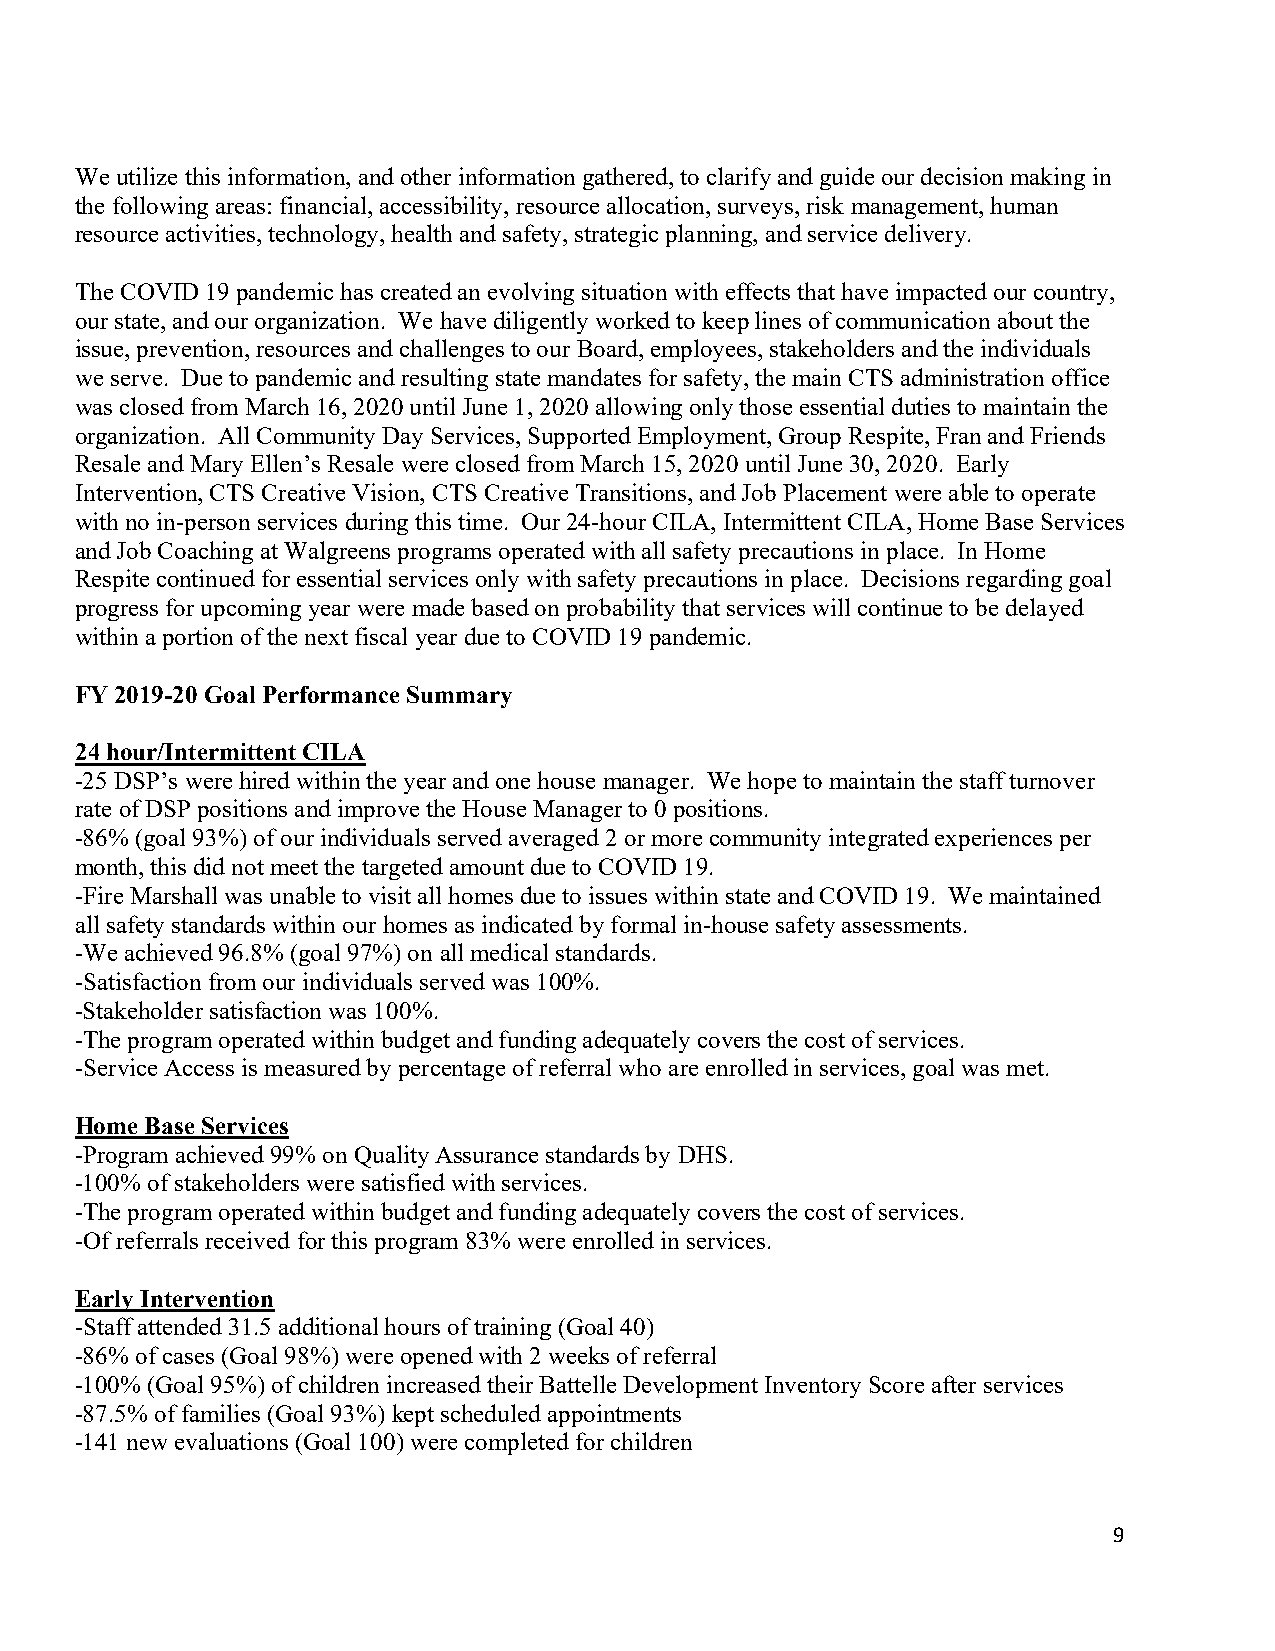
We utilize this information, and other information gathered, to clarify and guide our decision making in
 the following areas: financial, accessibility, resource allocation, surveys, risk management, human
 resource activities, technology, health and safety, strategic planning, and service delivery.
 The COVID 19 pandemic has created an evolving situation with effects that have impacted our country,
 our state, and our organization. We have diligently worked to keep lines of communication about the
 issue, prevention, resources and challenges to our Board, employees, stakeholders and the individuals
 we serve. Due to pandemic and resulting state mandates for safety, the main CTS administration office
 was closed from March 16, 2020 until June 1, 2020 allowing only those essential duties to maintain the
 organization. All Community Day Services, Supported Employment, Group Respite, Fran and Friends
 Resale and Mary Ellen’s Resale were closed from March 15, 2020 until June 30, 2020. Early
 Intervention, CTS Creative Vision, CTS Creative Transitions, and Job Placement were able to operate
 with no in-person services during this time. Our 24-hour CILA, Intermittent CILA, Home Base Services
 and Job Coaching at Walgreens programs operated with all safety precautions in place. In Home
 Respite continued for essential services only with safety precautions in place. Decisions regarding goal
 progress for upcoming year were made based on probability that services will continue to be delayed
 within a portion of the next fiscal year due to COVID 19 pandemic.
 FY 2019-20 Goal Performance Summary
 24 hour/Intermittent CILA
 -25 DSP’s were hired within the year and one house manager. We hope to maintain the staff turnover
 rate of DSP positions and improve the House Manager to 0 positions.
 -86% (goal 93%) of our individuals served averaged 2 or more community integrated experiences per
 month, this did not meet the targeted amount due to COVID 19.
 -Fire Marshall was unable to visit all homes due to issues within state and COVID 19. We maintained
 all safety standards within our homes as indicated by formal in-house safety assessments.
 -We achieved 96.8% (goal 97%) on all medical standards.
 -Satisfaction from our individuals served was 100%.
 -Stakeholder satisfaction was 100%.
 -The program operated within budget and funding adequately covers the cost of services.
 -Service Access is measured by percentage of referral who are enrolled in services, goal was met.
 Home Base Services
 -Program achieved 99% on Quality Assurance standards by DHS.
 -100% of stakeholders were satisfied with services.
 -The program operated within budget and funding adequately covers the cost of services.
 -Of referrals received for this program 83% were enrolled in services.
 Early Intervention
 -Staff attended 31.5 additional hours of training (Goal 40)
 -86% of cases (Goal 98%) were opened with 2 weeks of referral
 -100% (Goal 95%) of children increased their Battelle Development Inventory Score after services
 -87.5% of families (Goal 93%) kept scheduled appointments
 -141 new evaluations (Goal 100) were completed for children
 9